Senior Leaving Certificate Examination (including Day School Certificate (Higher) General paper), 1948
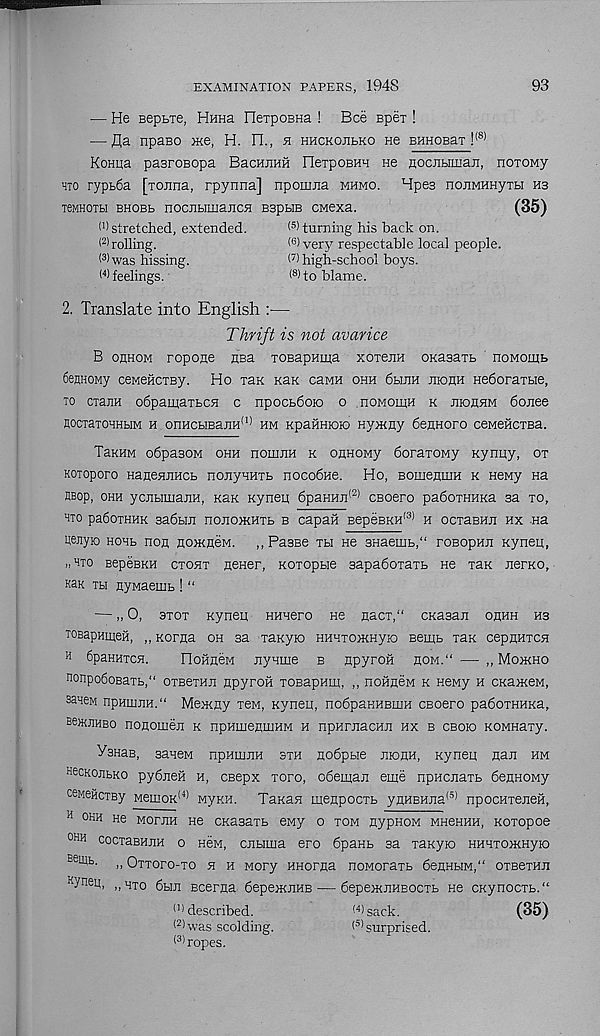
EXAMINATION PAPERS, 194S
93
— He Beptie, Hima nexpoBHa ! Bee spex !
— fla npaso we, H. FI., h hhckojibko He BHHOBax ! (8)
Koniia pasroBopa BacHJiHH nexposHH ne nociibimaji, noxoMy
hto ryptSa [xoima, rpynna] nponuia mhmo. Hpes noiiMHHyxbi hb
TeMHOXbi bhobb nocjiHiiiajicH BspbiB CMexa.
(35)
( 5 > turning his back on.
< 6 )very respectable local people.
I 1 ' stretched, extended.
l 2) rolling.
(3)
was hissing.
(4) feelings.
< 7 ) high-school boys.
( 8 > to blame.
2. Translate into English :—
Thrift is not avarice
B ohhom ropojie HBa xoBapnina xoxejiH OKaaaxb noMouib
fiemioMy ceMeHcxBy. Ho xax Kax chmh ohh 6buiH nionH Hedoraxbie,
to cxaiiH odpainaxbCH c npocbdoio o nowoiiiH k juouhm donee
HocxaxoHHbiM h onHCbiBajiH (l) hm KpaHHioio Hywny 6eflnoro ceMeiicTBa.
Thkhm odpasow ohh hoihjih k onHOMy doraxoMy xymiy, ox
Koxoporo HanenjiHCb nonyHHXb nocodHe. Ho, BomenuiH k Heny na
HBop, ohh ycjibimajiH, Kax xyneu dpaHHn (2) csoero padoxHHxa sa xo,
hto padoxHHx sadbui nonowHXb b capan BepeBXH (3) h ocxaBHn hx na
iienyio Hoxb non nownen. ,,Pa3Be xh He 3Haemb,“ roBopHir xynert,
«wo BepesxH cxohx nener, xoxopbie sapadoxaxb He xax nerxo,
Kax th nyMaemb ! “
—,, 0, 3xox xyneu HHnero He nacx,“ exasan ohhh hs
TOBapHiqeH, ,, xorna oh sa xaxyio HHHxownyio Beuib xax cepnHxcn
h dpaHHxcn.
OoHneM nynuie b npyron hom.“ — ,, Mowho
nonpodoBaxb," oxsexHii npyrou xoBapHiu, ,, nofineM x neMy h cxaweM,
3aHe M npHiunH.“ Mewny xexi, xyneu, nodpaHHBiuH cEoero padoxHHxa,
BewjiHBo nonomen x npHiuenuiHM h npurjiacHn hx b cbokj xoMHaxy.
VaHaB, saneM npHiuiiH sth nodpbie monH, xyneu nan hm
nscKojibxo pydnen h, csepx xoro, odeman eme npHcnaxb denHOMy
ceMeftcTBy Memox (4) myxh. Taxan uienpocxb ynHBHna (S) npocHxenen,
H ohh He MornH He exasaxb eMy o xom nypnoM mh6hhh, xoxopoe
oh h cocxasHnH o hbm, cnbiuia ero dpanb sa xaxyio HHHxowHyio
Beuib - »Oxxoro-xo n h Mory HHorna noMoraxb denubiM," oxsexHn
Kyneu ’ ” hto dun Bcerna depewnHB — depewnHEoexb He cxynocxb."
(1 > described.
(4 )sack.
(35)
< 2 ) was scolding.
f 3 'surprised.
(3) ropes.